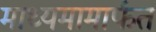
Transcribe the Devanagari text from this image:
माध्यमामार्फत